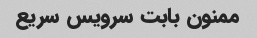
ممنون بابت سرویس سریع